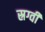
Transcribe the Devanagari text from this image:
स्रग्वी